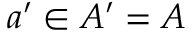
a ^ { \prime } \in A ^ { \prime } = A